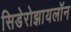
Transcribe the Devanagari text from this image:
सिडेरोझायलॉन